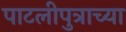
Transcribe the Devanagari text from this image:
पाटलीपुत्राच्या